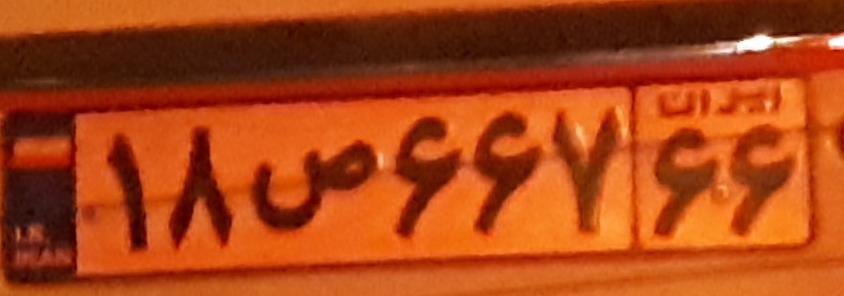
۱۸ص۶۶۷۶۶